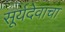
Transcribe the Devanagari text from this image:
सूर्यदेवाचा